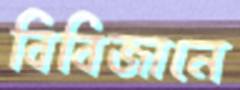
বিবিজানে